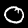
Label: 0